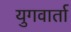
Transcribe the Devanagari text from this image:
युगवार्ता